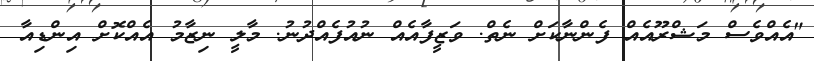
"އެެއްވެސް މަޝްރޫއެއް ފެންނާކަށް ނެތް. ވަޒީފާއެއް ނުއުފެއްދުނު. މާލީ ނިޒާމު އެއްކޮށް އިންޑިއާ